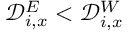
\mathcal { D } _ { i , x } ^ { E } < \mathcal { D } _ { i , x } ^ { W }